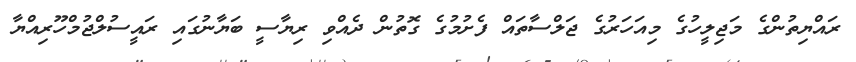
ރައްޔިތުންގެ މަޖިލީހުގެ މިއަހަރުގެ ޖަލްސާތައް ފެށުމުގެ ގޮތުން ދެއްވި ރިޔާސީ ބަޔާނުގައި ރައީސުލްޖުމްހޫރިއްޔާ